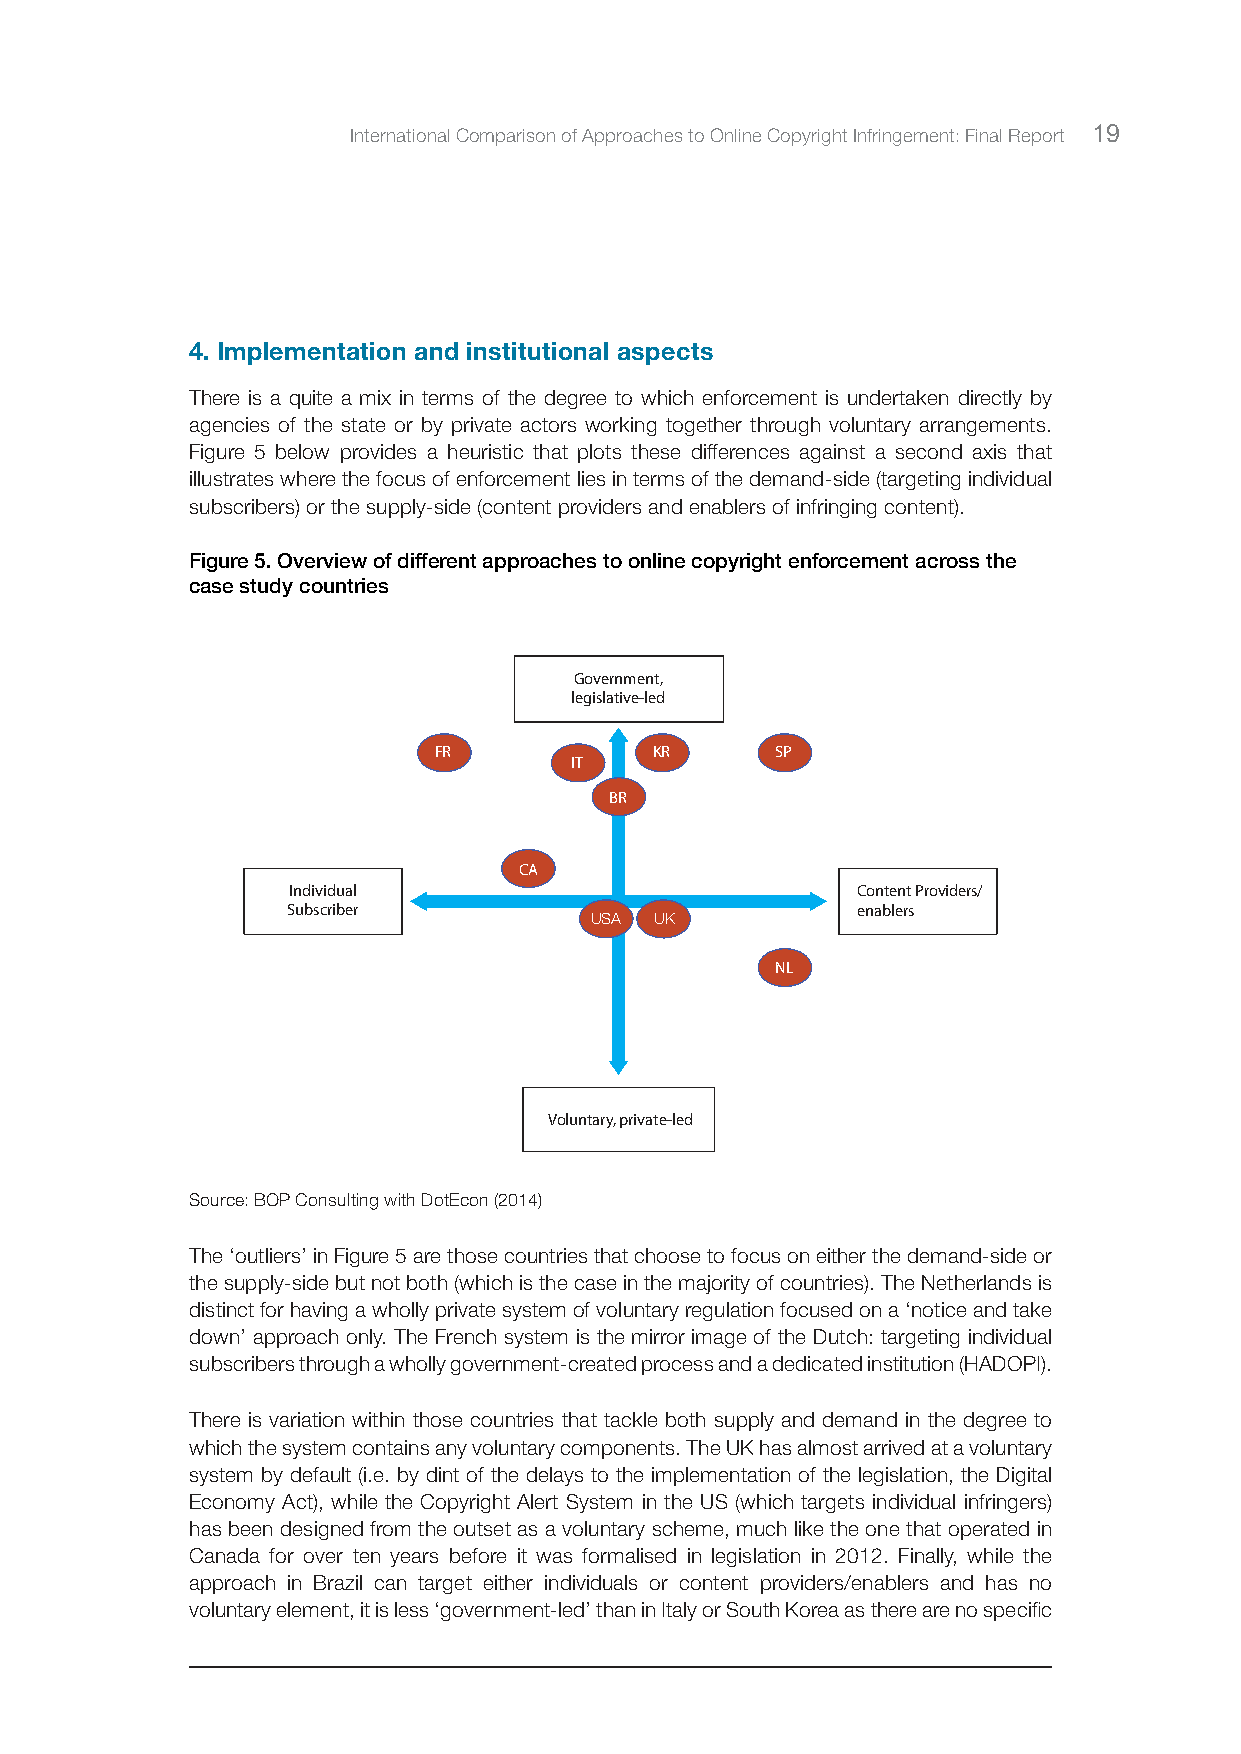
International Comparison of Approaches to Online Copyright Infringement: Final Report 19
 4. Implementation and institutional aspects
 There is a quite a mix in terms of the degree to which enforcement is undertaken directly by
 agencies of the state or by private actors working together through voluntary arrangements.
 Figure 5 below provides a heuristic that plots these differences against a second axis that
 illustrates where the focus of enforcement lies in terms of the demand-side (targeting individual
 subscribers) or the supply-side (content providers and enablers of infringing content).
 Figure 5. Overview of different approaches to online copyright enforcement across the
 case study countries
 Government,
 legislative-led
 FR            KR      SP
 IT
 BR
 CA
 Individual                            Content Providers/
 Subscriber                            enablers
 USA UK
 NL
 Voluntary, private-led
 Source: BOP Consulting with DotEcon (2014)
 The ‘outliers’ in Figure 5 are those countries that choose to focus on either the demand-side or
 the supply-side but not both (which is the case in the majority of countries). The Netherlands is
 distinct for having a wholly private system of voluntary regulation focused on a ‘notice and take
 down’ approach only. The French system is the mirror image of the Dutch: targeting individual
 subscribers through a wholly government-created process and a dedicated institution (HADOPI).
 There is variation within those countries that tackle both supply and demand in the degree to
 which the system contains any voluntary components. The UK has almost arrived at a voluntary
 system by default (i.e. by dint of the delays to the implementation of the legislation, the Digital
 Economy Act), while the Copyright Alert System in the US (which targets individual infringers)
 has been designed from the outset as a voluntary scheme, much like the one that operated in
 Canada for over ten years before it was formalised in legislation in 2012. Finally, while the
 approach in Brazil can target either individuals or content providers/enablers and has no
 voluntary element, it is less ‘government-led’ than in Italy or South Korea as there are no specific